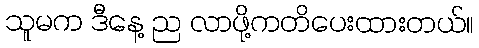
သူမက ဒီနေ့ ည လာဖို့ကတိပေးထားတယ်။